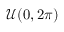
\mathcal { U } ( 0 , 2 \pi )